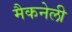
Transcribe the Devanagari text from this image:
मैकनेली